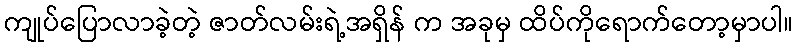
ကျုပ်ပြောလာခဲ့တဲ့ ဇာတ်လမ်းရဲ့အရှိန် က အခုမှ ထိပ်ကိုရောက်တော့မှာပါ။